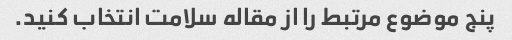
پنج موضوع مرتبط را از مقاله سلامت انتخاب کنید.